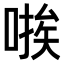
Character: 𫫃